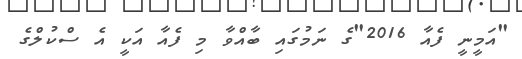
"އަމީނީ ފެއާ 2016"ގެ ނަމުގައި ބާއްވާ މި ފެއާ އަކީ އެ ސްކުލްގެ